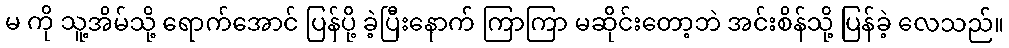
မ ကို သူ့အိမ်သို့ ရောက်အောင် ပြန်ပို့ ခဲ့ပြီးနောက် ကြာကြာ မဆိုင်းတော့ဘဲ အင်းစိန်သို့ ပြန်ခဲ့ လေသည်။